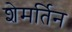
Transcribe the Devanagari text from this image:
शेमर्तिन